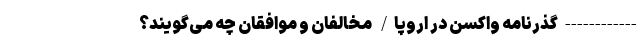
------------ گذرنامه واکسن در اروپا/ مخالفان و موافقان چه می‌گویند؟